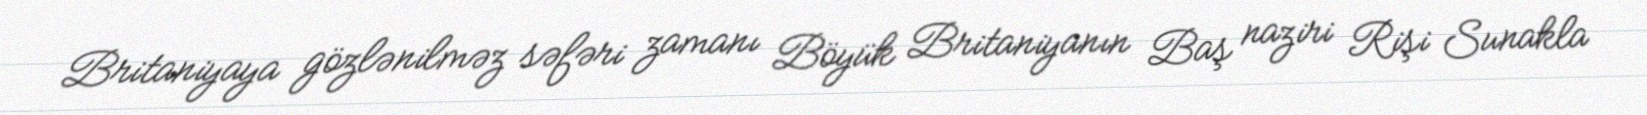
Britaniyaya gözlənilməz səfəri zamanı Böyük Britaniyanın Baş naziri Rişi Sunakla